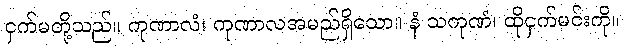
ငှက်မတို့သည်။ ကုဏာလံ၊ ကုဏာလအမည်ရှိသော။ နံ သကုဏံ၊ ထိုငှက်မင်းကို။